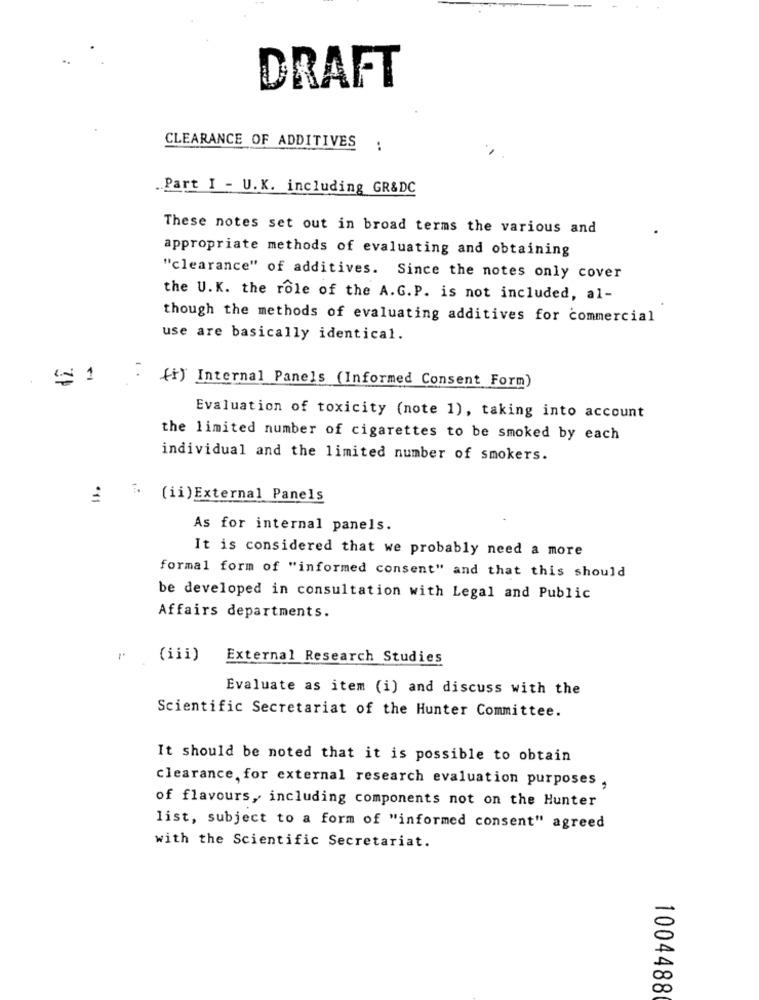
DRAFT
CLEARANCE OF ADDITIVES
:
.Part I - U.K. including GR&DC
These notes set out in broad terms the various and
appropriate methods of evaluating and obtaining
"clearance" of additives. Since the notes only cover
the U.K. the role of the A.G.P. is not included, al-
though the methods of evaluating additives for commercial
use are basically identical.
EN 1
(*) Internal Panels (Informed Consent Form)
Evaluation of toxicity (note 1), taking into account
the limited number of cigarettes to be smoked by each
individual and the limited number of smokers.
(ii) External Panels
As for internal panels.
It is considered that we probably need a more
formal form of "informed consent" and that this should
be developed in consultation with Legal and Public
Affairs departments.
(iii)
External Research Studies
Evaluate as item (i) and discuss with the
Scientific Secretariat of the Hunter Committee.
It should be noted that it is possible to obtain
clearance, for external research evaluation purposes ,
of flavours, including components not on the Hunter
list, subject to a form of "informed consent" agreed
with the Scientific Secretariat.
1004488